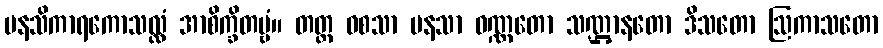
မနသိကာရကောသလ္လံ အာစိက္ခိတဗ္ဗံ။ တတ္ထ ဝစသာ မနသာ ဝဏ္ဏတော သဏ္ဌာနတော ဒိသတော ဩကာသတော